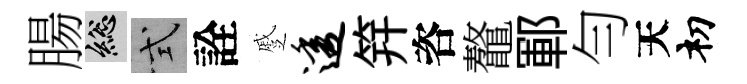
腸總式詮蹙透笄咨鼇鄆勻天𥘉